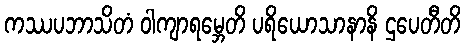
ကဿပဘာသိတံ ဝါကျာရမ္ဘေတိ ပရိယောသာနာနိ ဌပေတီတိ